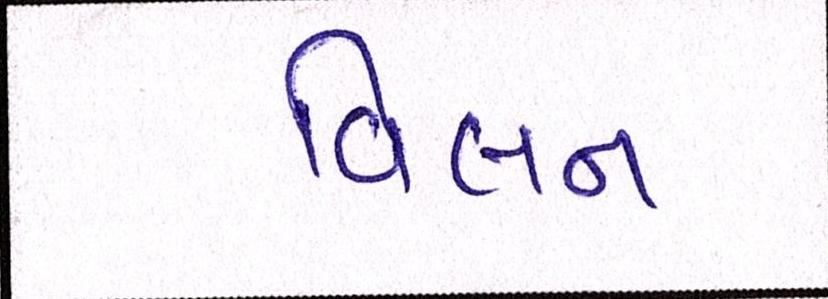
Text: વિલન